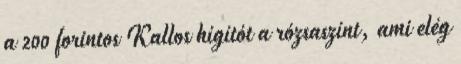
a 200 forintos Kallos hígítót a rózsaszínt, ami elég